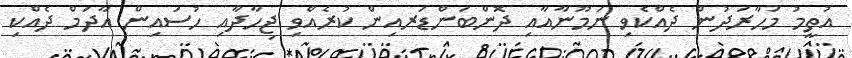
އުތީމު މަހާރަދުން ދެއްކެވި ނަމޫނާއާއި ދޮންބަންޑަރއިން ކުރެއްވި ޖިހާދާއި ހުސައިން އާދަމް ދެއްކި